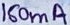
Text: 160mA